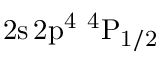
\mathrm { 2 s \, 2 p ^ { 4 } ~ ^ { 4 } P _ { 1 / 2 } }